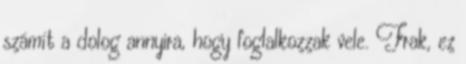
számít a dolog annyira, hogy foglalkozzak vele. Frak, ez